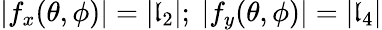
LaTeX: |f_{x}(\theta,\phi)|=|\mathfrak{l}_{2}|;\ |f_{y}(\theta,\phi)|=|\mathfrak{l}_{4}|